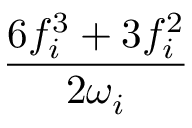
\frac { 6 f _ { i } ^ { 3 } + 3 f _ { i } ^ { 2 } } { 2 \omega _ { i } }